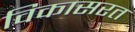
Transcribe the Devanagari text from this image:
विकासरत